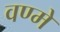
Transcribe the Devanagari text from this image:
वण्मे